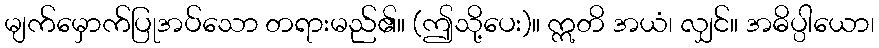
မျက်မှောက်ပြုအပ်သော တရားမည်၏။ (ဤသို့ပေး)။ ဣတိ အယံ၊ လျှင်။ အဓိပ္ပါယော၊